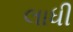
લાધી